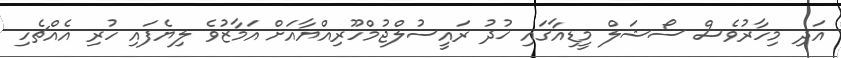
އަދި މިހާރުވެސް ސޯޝަލް މީޑިއާގައި ޚުދު ރައީސުލްޖުމްހޫރިއްޔާއަށް އަމާޒުވެ ލިޔެފައި ހުރި އެއްޗެހި